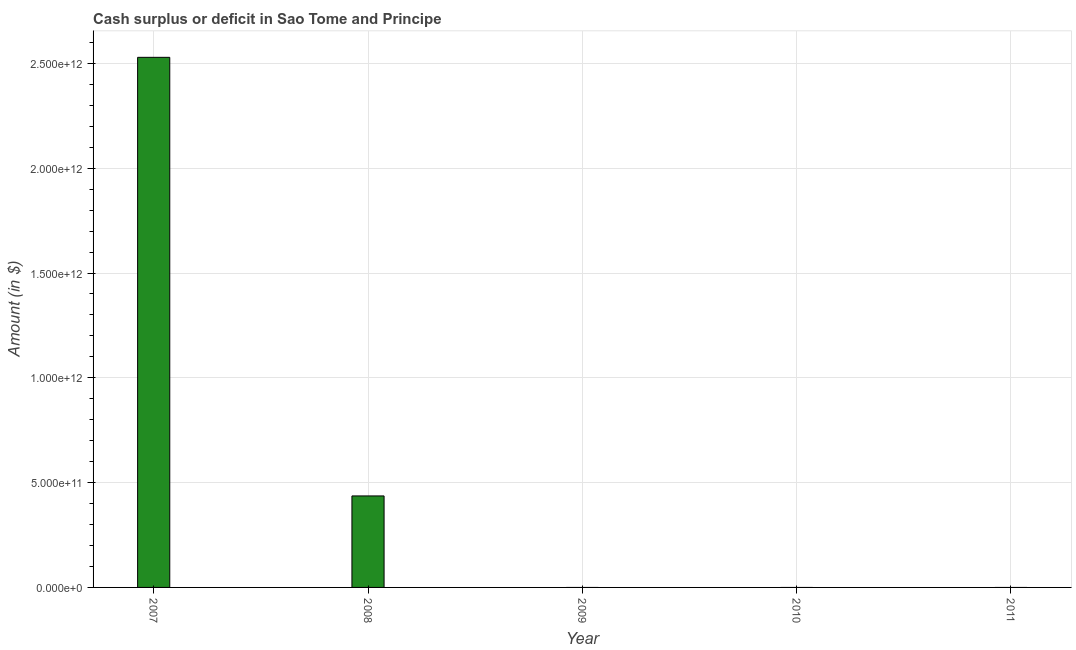
| Year | Cash surplus or deficit |
 | --- | --- |
 | 2007 | 2.53e+12 |
 | 2008 | 4.36e+11 |
 | 2009 | -5.61e+11 |
 | 2010 | -3.89e+11 |
 | 2011 | -5.52e+11 |